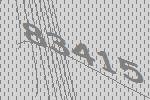
83415